Account of plague administration in the Bombay Presidency from September 1896 till May 1897
Year: 1896
Disease focus: Plague
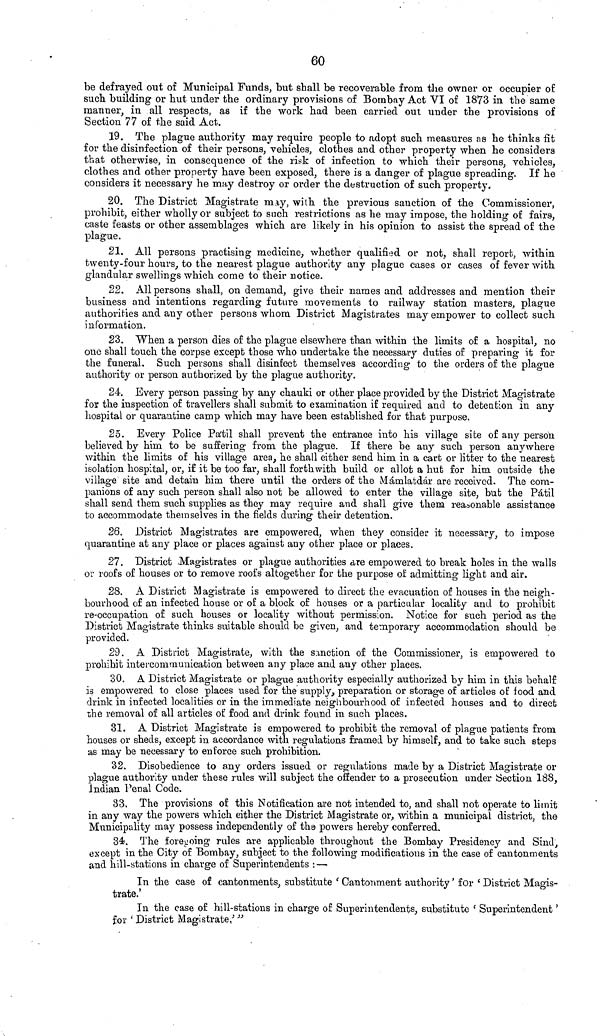
60
be defrayed out of Municipal Funds, but shall be recoverable from the owner or occupier of
such building or hut under the ordinary provisions of Bombay Act VI of 1873 in the same
manner, in all respects, as if the work had been carried out under the provisions of
Section 77 of the said Act.
19. The plague authority may require people to adopt such measures as he thinks fit
for the disinfection of their persons, vehicles, clothes and other property when he considers
that otherwise, in consequence of the risk of infection to which their persons, vehicles,
clothes and other property have been exposed, there is a danger of plague spreading. If he
considers it necessary he may destroy or order the destruction of such property.
20. The District Magistrate may, with the previous sanction of the Commissioner,
prohibit, either wholly or subject to such restrictions as he may impose, the holding of fairs,
caste feasts or other assemblages which are likely in his opinion to assist the spread of the
plague.
21. All persons practising medicine, whether qualified or not, shall report, within
twenty-four hours, to the nearest plague authority any plague cases or cases of fever with
glandular swellings which come to their notice.
22. All persons shall, on demand, give their names and addresses and mention their
business and intentions regarding future movements to railway station masters, plague
authorities and any other persons whom District Magistrates may empower to collect such
information.
23. When a person dies of the plague elsewhere than within the limits of a hospital, no
one shall touch the corpse except those who undertake the necessary duties of preparing it for
the funeral. Such persons shall disinfect themselves according to the orders of the plague
authority or person authorized by the plague authority.
24. Every person passing by any chauki or other place provided by the District Magistrate
for the inspection of travellers shall submit to examination if required and to detention in any
hospital or quarantine camp which may have been established for that purpose.
25. Every Police Pátil shall prevent the entrance into his village site of any person
believed by him to be suffering from the plague. If there be any such person anywhere
within the limits of his village area, he shall either send him in a cart or litter to the nearest
isolation hospital, or, if it be too far, shall forthwith build or allot a hut for him outside the
village site and detain him there until the orders of the Mámlatdár are received. The com-
panions of any such person shall also not be allowed to enter the village site, bub the Pátii
shall send them such supplies as they may require and shall give them reasonable assistance
to accommodate themselves in the fields during their detention.
26. District Magistrates are empowered, when they consider it necessary, to impose
quarantine at any place or places against any other place or places.
27. District Magistrates or plague authorities are empowered to break holes in the walls
or roofs of houses or to remove roofs altogether for the purpose of admitting light and air.
28. A District Magistrate is empowered to direct the evacuation of houses in the neigh-
bourhood of an infected house or of a block of houses or a particular locality and to prohibit
re-occupation of such houses or locality without permission. Notice for such period as the
District Magistrate thinks suitable should be given, and temporary accommodation should be
provided.
29. A District Magistrate, with the sanction of the Commissioner, is empowered to
prohibit intercommunication between any place and any other places.
30. A District Magistrate or plague authority especially authorized by him in this behalf
is empowered to close places used for the supply, preparation or storage of articles of food and
drink in infected localities or in the immediate neighbourhood of infected houses and to direct
the removal of all articles of food and drink found in such places.
31. A District Magistrate is empowered to prohibit the removal of plague patients from
nouses or sheds, except in accordance with regulations framed by himself, and to take such steps
as may be necessary to enforce such prohibition.
32. Disobedience to a,ny orders issued or regulations made by a District Magistrate or
plague authority under these rules will subject the offender to a prosecution under Section 188,
Indian Penal Code.
33. The provisions of this Notification are not intended to, and shall not operate to limit
in any way the powers which either the District Magistrate or, within a municipal district, the
Municipality may possess independently of the powers hereby conferred.
34. The foregoing rules are applicable throughout the Bombay Presidency and Sind,
except in the City of Bombay, subject to the following modifications in the case of cantonments
and hill-stations in charge of Superintendents : —
In the case of cantonments, substitute 'Cantonment authority' for 'District Magis-
trate.'
In the case of hill-stations in charge of Superintendents, substitute 'Superintendent'
for 'District Magistrate.'"